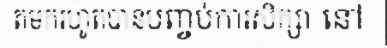
តមករហូតបានបញ្ចប់ការសិក្សា នៅ